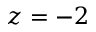
z = - 2